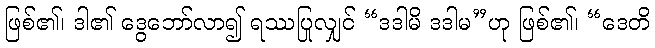
ဖြစ်၏၊ ဒါ၏ ဒွေဘော်လာ၍ ရဿပြုလျှင် “ဒဒါမိ ဒဒါမ”ဟု ဖြစ်၏၊ “ဒေတိ